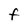
Character: F